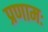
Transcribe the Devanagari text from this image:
प्रणामः